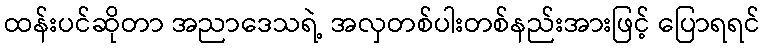
ထန်းပင်ဆိုတာ အညာဒေသရဲ့ အလှတစ်ပါးတစ်နည်းအားဖြင့် ပြောရရင်